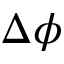
\Delta \phi